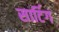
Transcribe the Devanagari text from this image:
सार्टिग